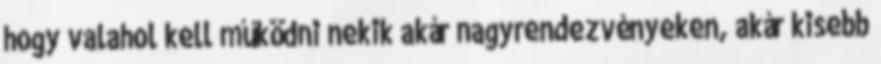
hogy valahol kell működni nekik akár nagyrendezvényeken, akár kisebb